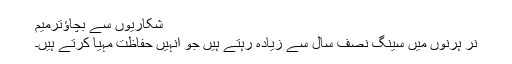
شکاریوں سے بچاؤترميم
نر ہرنوں میں سینگ نصف سال سے زیادہ رہتے ہیں جو انہیں حفاظت مہیا کرتے ہیں۔